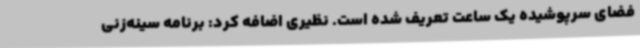
فضای سرپوشیده یک ساعت تعریف شده است. نظیری اضافه کرد: برنامه سینه‌زنی